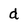
Character: d